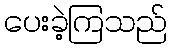
ပေးခဲ့ကြသည်